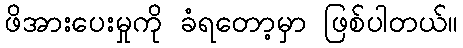
ဖိအားပေးမှုကို ခံရတော့မှာ ဖြစ်ပါတယ်။